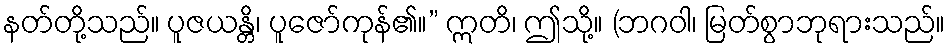
နတ်တို့သည်။ ပူဇယန္တိ၊ ပူဇော်ကုန်၏။” ဣတိ၊ ဤသို့။ (ဘဂဝါ၊ မြတ်စွာဘုရားသည်။